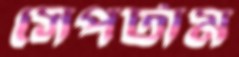
সেপটাম